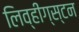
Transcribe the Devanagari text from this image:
लिव्हींग्स्टन